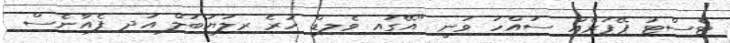
ޓެސްޓު ޕޭޕަރެއް ސައްހަ ވަނީ "އޭގައި ވެލިޑް ހުރެ ރިލަޔަބަލް އަދި ފެއާނެސް